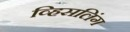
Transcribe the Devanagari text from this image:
व्हिसलिंग